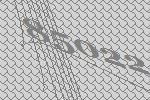
85022